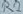
Text: R2